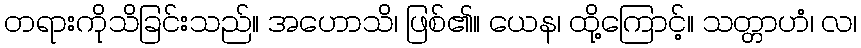
တရားကိုသိခြင်းသည်။ အဟောသိ၊ ဖြစ်၏။ ယေန၊ ထို့ကြောင့်။ သတ္တာဟံ၊ လ၊